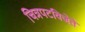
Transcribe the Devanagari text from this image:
चित्रपटविजेते